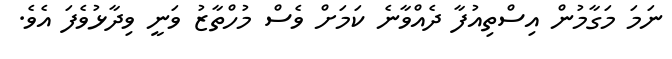
ނަމަ މަގާމުން އިސްތިއުފާ ދެއްވާނެ ކަމަށް ވެސް މުހްތާޒު ވަނީ ވިދާޅުވެފަ އެވެ.